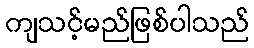
ကျသင့်မည်ဖြစ်ပါသည်